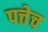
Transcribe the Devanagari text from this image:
पत्तेच